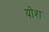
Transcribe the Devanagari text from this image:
योश